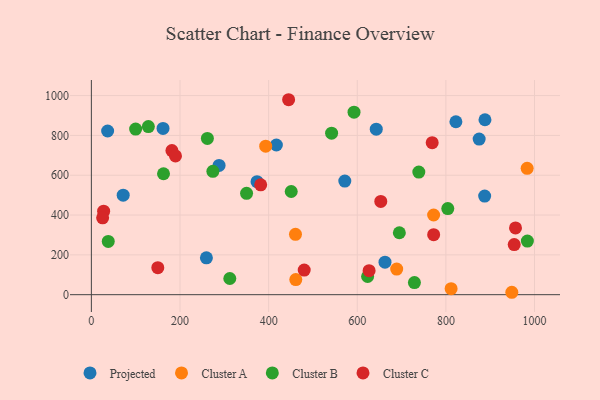
{"axis": {"x": "Investment", "y": "Sales"}, "legend": ["Cluster A", "Cluster B", "Cluster C", "Projected"], "data": [{"x": "259.6", "y": 185.2, "type": "Projected"}, {"x": "571.9", "y": 570.9, "type": "Projected"}, {"x": "888.2", "y": 878.6, "type": "Projected"}, {"x": "662.6", "y": 163.3, "type": "Projected"}, {"x": "887.5", "y": 495.5, "type": "Projected"}, {"x": "373.8", "y": 567.7, "type": "Projected"}, {"x": "288.2", "y": 649.4, "type": "Projected"}, {"x": "642.9", "y": 831.3, "type": "Projected"}, {"x": "71.8", "y": 499.9, "type": "Projected"}, {"x": "875.1", "y": 781.5, "type": "Projected"}, {"x": "36.7", "y": 822.2, "type": "Projected"}, {"x": "417.5", "y": 751.8, "type": "Projected"}, {"x": "161.7", "y": 835.3, "type": "Projected"}, {"x": "822.6", "y": 868.7, "type": "Projected"}, {"x": "983.4", "y": 634.9, "type": "Cluster A"}, {"x": "689.0", "y": 128.6, "type": "Cluster A"}, {"x": "811.8", "y": 30.4, "type": "Cluster A"}, {"x": "461.3", "y": 75.9, "type": "Cluster A"}, {"x": "393.4", "y": 745.8, "type": "Cluster A"}, {"x": "460.6", "y": 303.2, "type": "Cluster A"}, {"x": "948.8", "y": 12.1, "type": "Cluster A"}, {"x": "772.3", "y": 400.3, "type": "Cluster A"}, {"x": "350.2", "y": 509.3, "type": "Cluster B"}, {"x": "738.9", "y": 615.7, "type": "Cluster B"}, {"x": "99.9", "y": 832.1, "type": "Cluster B"}, {"x": "261.8", "y": 784.9, "type": "Cluster B"}, {"x": "729.0", "y": 60.9, "type": "Cluster B"}, {"x": "451.0", "y": 518.4, "type": "Cluster B"}, {"x": "274.2", "y": 619.8, "type": "Cluster B"}, {"x": "623.4", "y": 91.4, "type": "Cluster B"}, {"x": "128.6", "y": 844.5, "type": "Cluster B"}, {"x": "312.4", "y": 81.4, "type": "Cluster B"}, {"x": "592.7", "y": 916.7, "type": "Cluster B"}, {"x": "695.0", "y": 311.0, "type": "Cluster B"}, {"x": "542.1", "y": 811.4, "type": "Cluster B"}, {"x": "804.3", "y": 432.4, "type": "Cluster B"}, {"x": "38.1", "y": 267.3, "type": "Cluster B"}, {"x": "983.9", "y": 269.3, "type": "Cluster B"}, {"x": "162.8", "y": 607.5, "type": "Cluster B"}, {"x": "957.1", "y": 335.3, "type": "Cluster C"}, {"x": "445.1", "y": 979.3, "type": "Cluster C"}, {"x": "382.1", "y": 552.0, "type": "Cluster C"}, {"x": "181.8", "y": 723.9, "type": "Cluster C"}, {"x": "626.7", "y": 120.6, "type": "Cluster C"}, {"x": "27.7", "y": 419.5, "type": "Cluster C"}, {"x": "769.1", "y": 763.4, "type": "Cluster C"}, {"x": "25.4", "y": 386.3, "type": "Cluster C"}, {"x": "189.8", "y": 696.9, "type": "Cluster C"}, {"x": "653.1", "y": 468.3, "type": "Cluster C"}, {"x": "149.9", "y": 135.6, "type": "Cluster C"}, {"x": "772.4", "y": 301.2, "type": "Cluster C"}, {"x": "954.2", "y": 251.6, "type": "Cluster C"}, {"x": "480.3", "y": 123.6, "type": "Cluster C"}]}